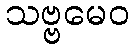
သဗ္ဗမေဝ